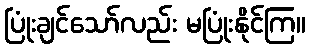
ပြုံးချင်သော်လည်း မပြုံးနိုင်ကြ။